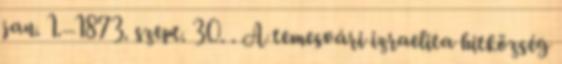
jan. 1.–1873. szept. 30. . A temesvári izraelita hitközség